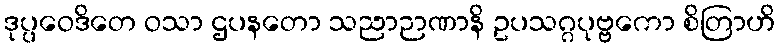
ဒုပ္ပဝေဒိတေ ဝသာ ဌပနတော သညာဉာဏာနိ ဥပသဂ္ဂပုဗ္ဗကော စိတြာဟိ